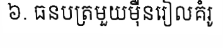
៦. ធនបត្រមួយម៉ឺនរៀលគំរូ